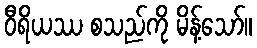
ဝီရိယဿ စသည်ကို မိန့်သော်။